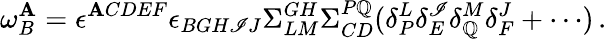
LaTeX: \omega_{B}^{\mathbf{A}}=\epsilon^{\mathbf{A}CDEF}\epsilon_{BGH\mathscr{I}J}\Sigma_{LM}^{GH}\Sigma_{CD}^{P\mathbb{Q}}(\delta_{P}^{L}\delta_{E}^{\mathscr{I}}\delta_{\mathbb{Q}}^{M}\delta_{F}^{J}+\cdots)\, .